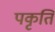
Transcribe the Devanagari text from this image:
पकृति